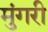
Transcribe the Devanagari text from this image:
मुंगरी